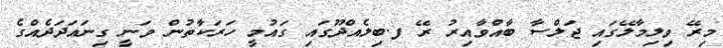
މިރޭ ވިލިމާލޭގައި ޖަލްސާ ބާއްވާއިރު ރޭ ފ.ބިލެއްދޫގައި ގައުމީ ހަރަކާތުން ވަނީ ގިނައަދަދެއްގެ